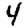
Digit: 4